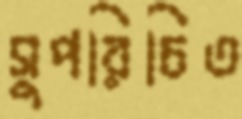
সুপরিচিত